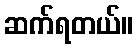
ဆက်ရတယ်။